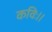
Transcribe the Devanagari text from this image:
कविः।।